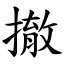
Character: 撤